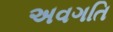
અવગતિ